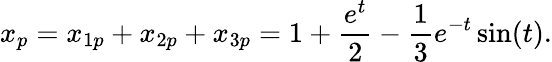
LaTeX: x_{p}=x_{1p}+x_{2p}+x_{3p}=1+{\frac{e^{t}}{2}}-{\frac{1}{3}}e^{-t}\sin(t).